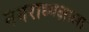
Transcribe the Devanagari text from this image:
नगराध्यक्षाला